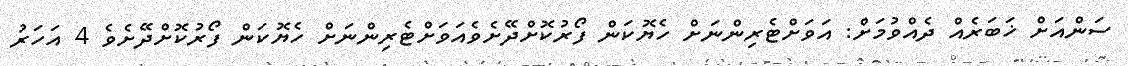
ސަންއަށް ޚަބަރެއް ދެއްވުމަށް: އަވަށްޓެރިންނަށް ހެޔޮކަން ފޯރުކޮށްދޭށެވެއަވަށްޓެރިންނަށް ހެޔޮކަން ފޯރުކޮށްދޭށެވެ 4 އަހަރު